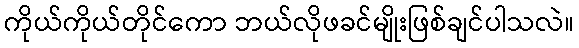
ကိုယ်ကိုယ်တိုင်ကော ဘယ်လိုဖခင်မျိုးဖြစ်ချင်ပါသလဲ။